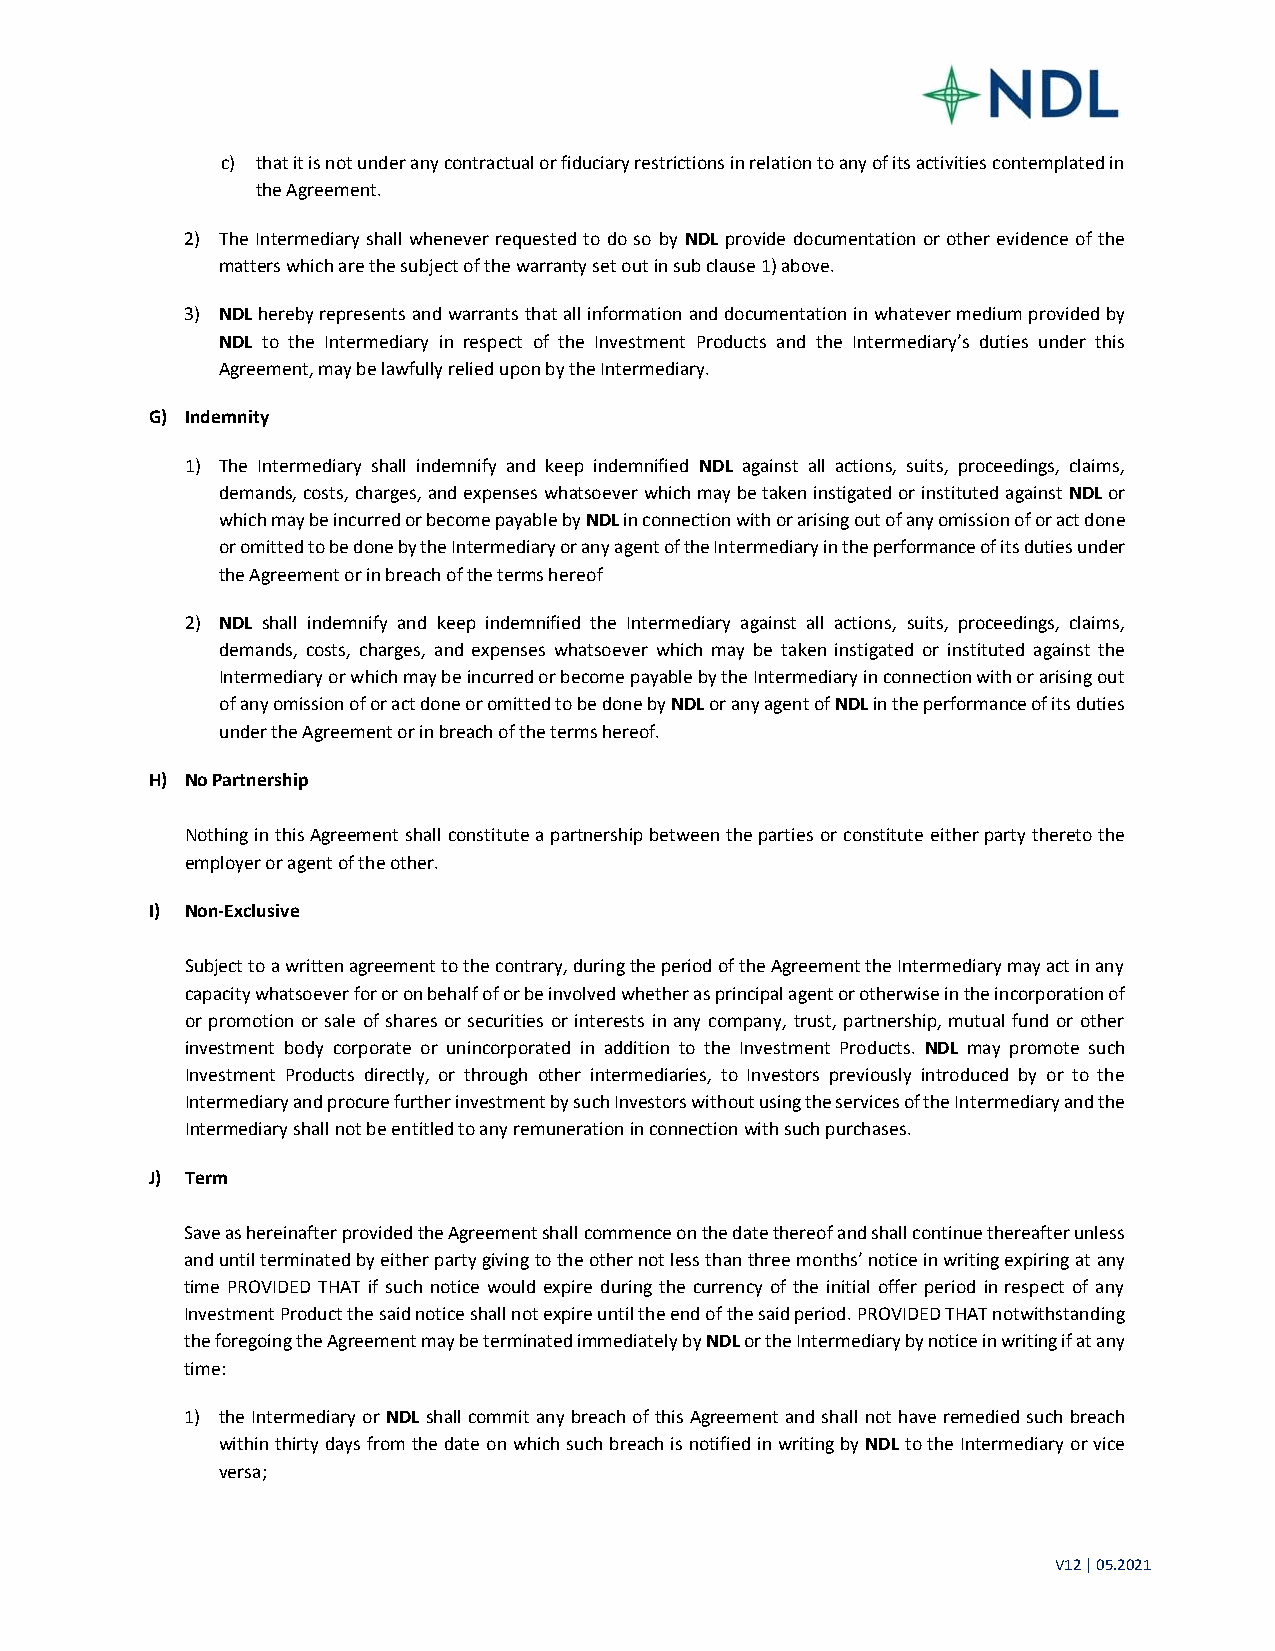
c) that it is not under any contractual or fiduciary restrictions in relation to any of its activities contemplated in
 the Agreement.
 2) The Intermediary shall whenever requested to do so by NDL provide documentation or other evidence of the
 matters which are the subject of the warranty set out in sub clause 1) above.
 3) NDL hereby represents and warrants that all information and documentation in whatever medium provided by
 NDL to the Intermediary in respect of the Investment Products and the Intermediary’s duties under this
 Agreement, may be lawfully relied upon by the Intermediary.
 G) Indemnity
 1) The Intermediary shall indemnify and keep indemnified NDL against all actions, suits, proceedings, claims,
 demands, costs, charges, and expenses whatsoever which may be taken instigated or instituted against NDL or
 which may be incurred or become payable by NDL in connection with or arising out of any omission of or act done
 or omitted to be done by the Intermediary or any agent of the Intermediary in the performance of its duties under
 the Agreement or in breach of the terms hereof
 2) NDL shall indemnify and keep indemnified the Intermediary against all actions, suits, proceedings, claims,
 demands, costs, charges, and expenses whatsoever which may be taken instigated or instituted against the
 Intermediary or which may be incurred or become payable by the Intermediary in connection with or arising out
 of any omission of or act done or omitted to be done by NDL or any agent of NDL in the performance of its duties
 under the Agreement or in breach of the terms hereof.
 H) No Partnership
 Nothing in this Agreement shall constitute a partnership between the parties or constitute either party thereto the
 employer or agent of the other.
 I) Non‐Exclusive
 Subject to a written agreement to the contrary, during the period of the Agreement the Intermediary may act in any
 capacity whatsoever for or on behalf of or be involved whether as principal agent or otherwise in the incorporation of
 or promotion or sale of shares or securities or interests in any company, trust, partnership, mutual fund or other
 investment body corporate or unincorporated in addition to the Investment Products. NDL may promote such
 Investment Products directly, or through other intermediaries, to Investors previously introduced by or to the
 Intermediary and procure further investment by such Investors without using the services of the Intermediary and the
 Intermediary shall not be entitled to any remuneration in connection with such purchases.
 J) Term
 Save as hereinafter provided the Agreement shall commence on the date thereof and shall continue thereafter unless
 and until terminated by either party giving to the other not less than three months’ notice in writing expiring at any
 time PROVIDED THAT if such notice would expire during the currency of the initial offer period in respect of any
 Investment Product the said notice shall not expire until the end of the said period. PROVIDED THAT notwithstanding
 the foregoing the Agreement may be terminated immediately by NDL or the Intermediary by notice in writing if at any
 time:
 1) the Intermediary or NDL shall commit any breach of this Agreement and shall not have remedied such breach
 within thirty days from the date on which such breach is notified in writing by NDL to the Intermediary or vice
 versa;
 V12 | 05.2021